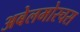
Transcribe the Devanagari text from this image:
अबेलमोस्चस